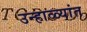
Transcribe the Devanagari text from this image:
उन्हाळ्यांत